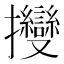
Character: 𢺥